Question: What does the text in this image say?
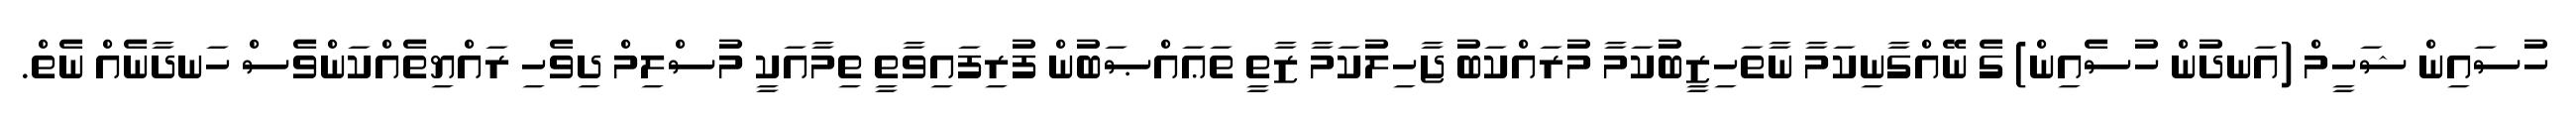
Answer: ހުސައިން ޝަހީމް (އަނދުން ހުސެއިން) ގެ ނޭއްގާނިކަމާ ނާތަހިޒީބުކަމާ މުރައްކަބު ޖާހިލުކަމާ ޒާތީ ތަޢައްޞަބުން ފުރިފައިވާތީ ތިމާއަކީ މުސްލިމް ދިވެހި ރައްޔިތެއްކަންވެސް ހަނދާނެއް ނެތް.